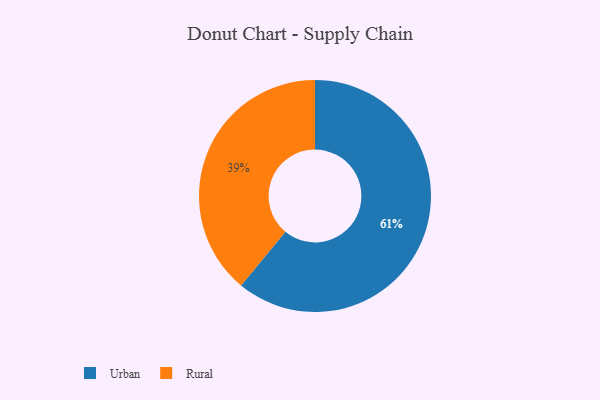
{"axis": {"x": "Category", "y": "Percentage"}, "legend": ["Rural", "Urban"], "data": [{"x": "Rural", "y": 39, "type": "Rural"}, {"x": "Urban", "y": 61, "type": "Urban"}]}